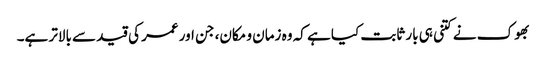
بھوک نے کتنی ہی بار ثابت کیا ہے کہ وہ زمان و مکان، جن اور عمر کی قید سے بالاتر ہے۔